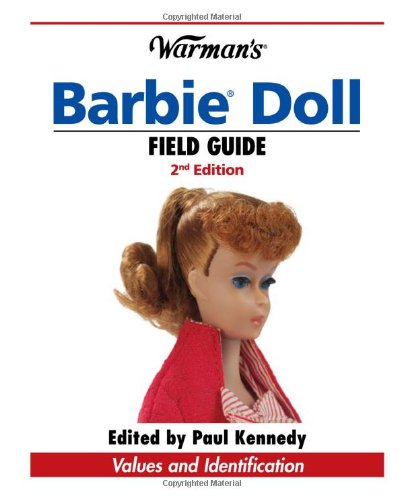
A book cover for Warman's Barbie Doll Field Guide: Values and Identification (Warman's Field Guide); Sharon Verbeten; Crafts, Hobbies & Home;